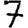
Digit: 7